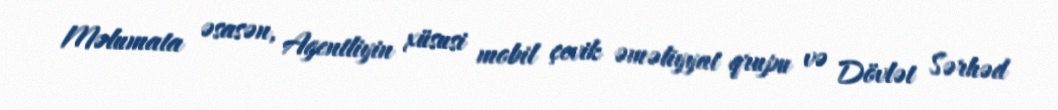
Məlumata əsasən, Agentliyin xüsusi mobil çevik əməliyyat qrupu və Dövlət Sərhəd